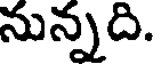
నున్నది.